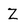
Character: Z